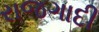
રાજગાદી